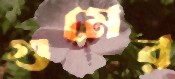
গুমের